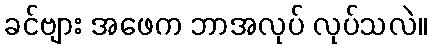
ခင်ဗျား အဖေက ဘာအလုပ် လုပ်သလဲ။